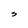
Character: S